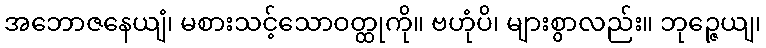
အဘောဇနေယျံ၊ မစားသင့်သောဝတ္ထုကို။ ဗဟုံပိ၊ များစွာလည်း။ ဘုဉ္ဇေယျ၊